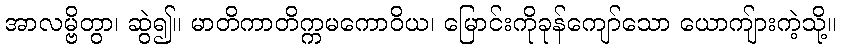
အာလမ္ဗိတွာ၊ ဆွဲ၍။ မာတိကာတိက္ကမကောဝိယ၊ မြောင်းကိုခုန်ကျော်သော ယောကျ်ားကဲ့သို့။